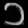
Digit: ၁